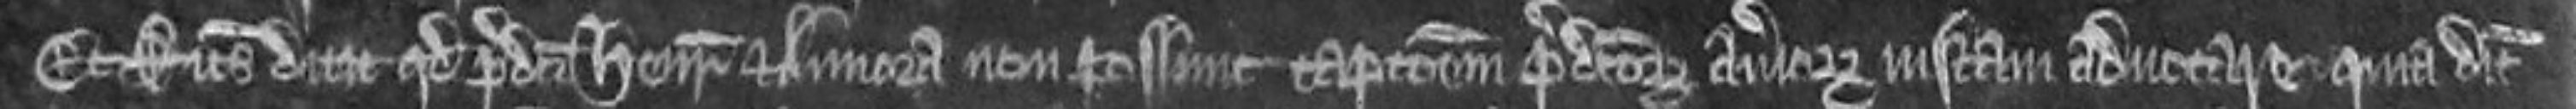
Et Ricardus dicit quod predicti Henricus et Annora non possunt capcionem predictorum averiorum justam advocare quia dicit